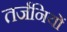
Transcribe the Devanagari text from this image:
तर्जनियों